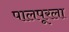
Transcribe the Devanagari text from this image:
पालपूरला